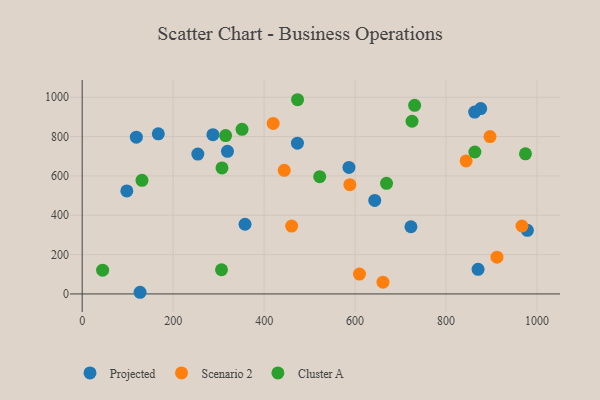
{"axis": {"x": "Speed", "y": "Salary"}, "legend": ["Cluster A", "Projected", "Scenario 2"], "data": [{"x": "119.0", "y": 796.6, "type": "Projected"}, {"x": "978.8", "y": 323.1, "type": "Projected"}, {"x": "473.2", "y": 766.4, "type": "Projected"}, {"x": "127.2", "y": 8.4, "type": "Projected"}, {"x": "167.3", "y": 813.8, "type": "Projected"}, {"x": "358.0", "y": 354.1, "type": "Projected"}, {"x": "287.4", "y": 809.4, "type": "Projected"}, {"x": "722.8", "y": 341.5, "type": "Projected"}, {"x": "643.2", "y": 475.2, "type": "Projected"}, {"x": "586.5", "y": 643.2, "type": "Projected"}, {"x": "870.4", "y": 125.2, "type": "Projected"}, {"x": "876.2", "y": 942.4, "type": "Projected"}, {"x": "98.1", "y": 523.8, "type": "Projected"}, {"x": "862.9", "y": 924.2, "type": "Projected"}, {"x": "254.2", "y": 710.9, "type": "Projected"}, {"x": "319.4", "y": 724.9, "type": "Projected"}, {"x": "444.2", "y": 628.3, "type": "Scenario 2"}, {"x": "661.3", "y": 59.7, "type": "Scenario 2"}, {"x": "844.1", "y": 676.2, "type": "Scenario 2"}, {"x": "966.9", "y": 345.4, "type": "Scenario 2"}, {"x": "896.6", "y": 799.7, "type": "Scenario 2"}, {"x": "588.5", "y": 555.6, "type": "Scenario 2"}, {"x": "419.9", "y": 866.7, "type": "Scenario 2"}, {"x": "609.6", "y": 100.8, "type": "Scenario 2"}, {"x": "460.5", "y": 344.7, "type": "Scenario 2"}, {"x": "911.9", "y": 186.9, "type": "Scenario 2"}, {"x": "522.2", "y": 595.8, "type": "Cluster A"}, {"x": "351.4", "y": 836.8, "type": "Cluster A"}, {"x": "44.9", "y": 120.6, "type": "Cluster A"}, {"x": "473.5", "y": 987.2, "type": "Cluster A"}, {"x": "725.2", "y": 877.8, "type": "Cluster A"}, {"x": "315.3", "y": 804.9, "type": "Cluster A"}, {"x": "131.4", "y": 577.5, "type": "Cluster A"}, {"x": "730.9", "y": 958.9, "type": "Cluster A"}, {"x": "669.1", "y": 562.2, "type": "Cluster A"}, {"x": "974.6", "y": 712.2, "type": "Cluster A"}, {"x": "306.3", "y": 122.9, "type": "Cluster A"}, {"x": "307.3", "y": 640.6, "type": "Cluster A"}, {"x": "863.4", "y": 721.5, "type": "Cluster A"}]}